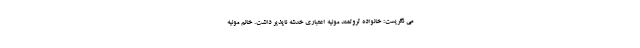
می نگریست: خانواده ثروتمند مونیه اعتباری خدشه ناپذیر داشت. خانم مونیه